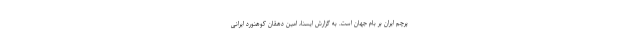
پرچم ایران بر بام جهان است. به گزارش ایسنا، امین دهقان کوهنورد ایرانی